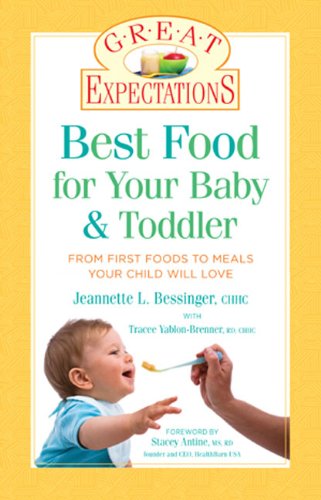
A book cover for Great Expectations: Best Food for Your Baby & Toddler: From First Foods to Meals Your Child will Love; Jeannette L. Bessinger BCHHC; Cookbooks, Food & Wine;